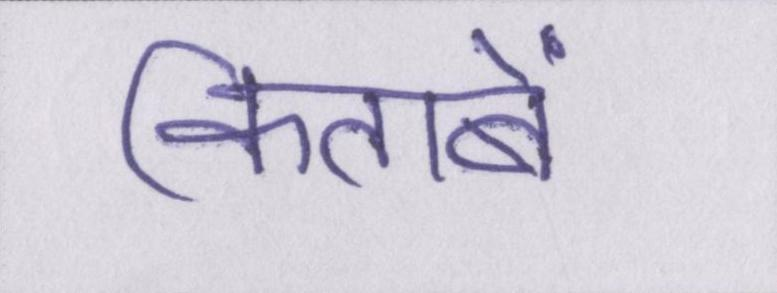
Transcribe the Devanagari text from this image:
किताबें